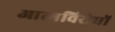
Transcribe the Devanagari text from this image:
आत्मविरोधों